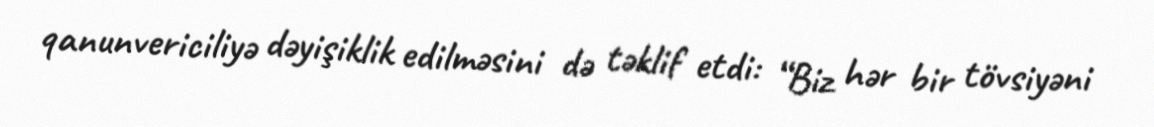
qanunvericiliyə dəyişiklik edilməsini də təklif etdi: “Biz hər bir tövsiyəni